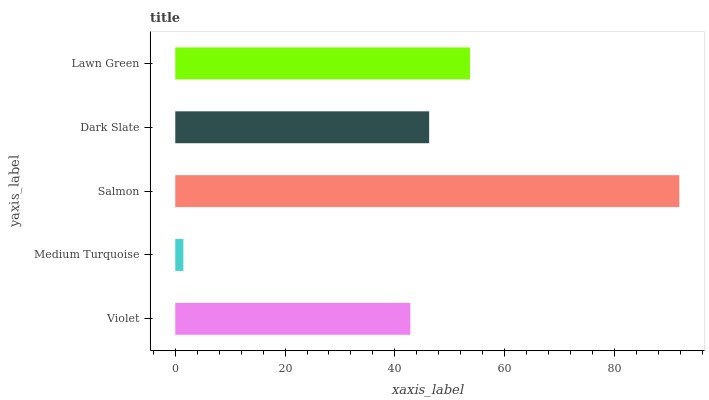
| yaxis_label | bars |
 | --- | --- |
 | Violet | 42.8 |
 | Medium Turquoise | 1.47 |
 | Salmon | 91.8 |
 | Dark Slate | 46.2 |
 | Lawn Green | 53.7 |